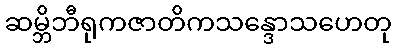
ဆမ္ဘိဘီရုကဇာတိကသန္ဒောသဟေတု